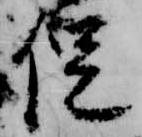
促